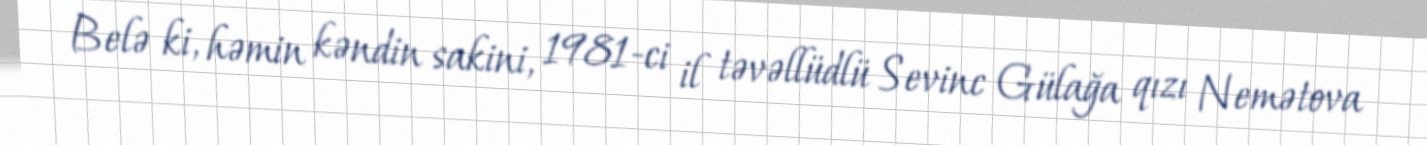
Belə ki, həmin kəndin sakini, 1981-ci il təvəllüdlü Sevinc Gülağa qızı Nemətova